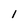
Character: 1